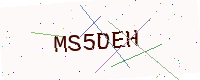
Text: MS5DEH